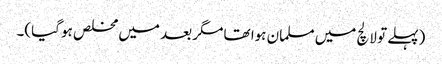
(پہلے تو لالچ میں مسلمان ہوا تھا مگر بعد میں مخلص ہو گیا)۔